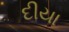
દીયા